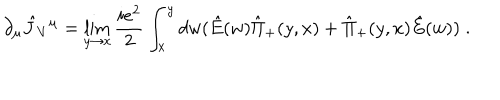
\partial _ { \mu } \hat { J } _ { V } { } ^ { \mu } = \lim _ { y \rightarrow x } { \frac { i e ^ { 2 } } { 2 } } \int _ { x } ^ { y } d w ( \hat { E } ( w ) \hat { \Pi } _ { + } ( y , x ) + \hat { \Pi } _ { + } ( y , x ) \hat { E } ( w ) ) \; .